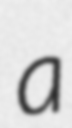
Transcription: a